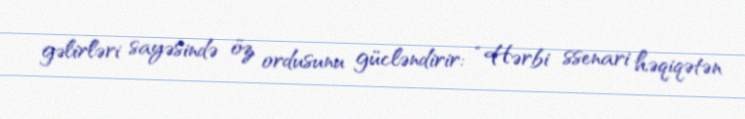
gəlirləri sayəsində öz ordusunu gücləndirir: “Hərbi ssenari həqiqətən